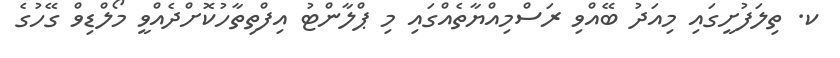
ކ. ތިލަފުށީގައި މިއަދު ބޭއްވި ރަސްމިއްޔާތެއްގައި މި ޕްލާންޓު އިފްތިތާހުކޮށްދެއްވީ މޯލްޑިވް ގޭހުގެ